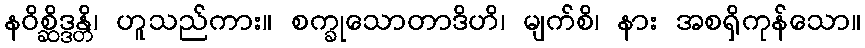
နဝိစ္ဆိဒ္ဒန္တိ၊ ဟူသည်ကား။ စက္ခုသောတာဒိဟိ၊ မျက်စိ၊ နား အစရှိကုန်သော။